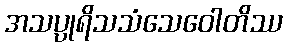
အသပ္ပုရိသသံသေဝေါတိဿ